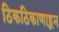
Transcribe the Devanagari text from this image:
ठिकठिकाणाहून